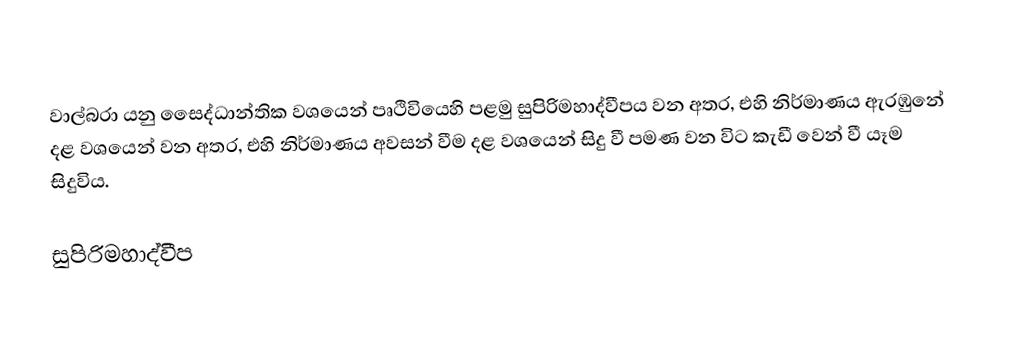
වාල්බරා යනු සෛද්ධාන්තික වශයෙන් පෘථිවියෙහි පළමු සුපිරිමහාද්වීපය වන අතර, එහි නිර්මාණය ඇරඹුනේ දළ වශයෙන්  වන අතර, එහි නිර්මාණය අවසන් වීම දළ වශයෙන්  සිදු වී  පමණ වන විට කැඩී වෙන් වී යෑම සිදුවිය.

සුපිරිමහාද්වීප